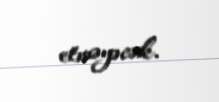
etməyəcək.